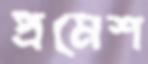
প্রমেশ